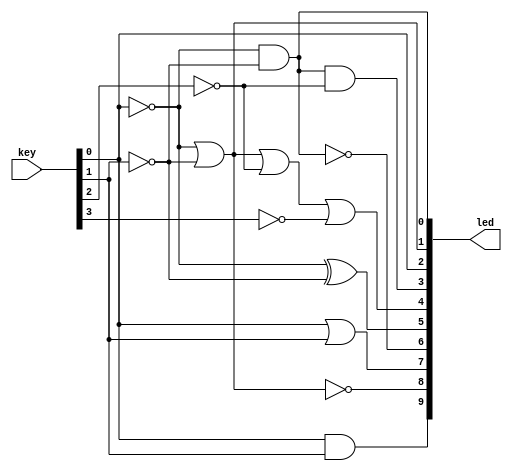
//----------------------------------------------------------------------------
//
//  Exercise   1. Simple combinational logic
//
//   1.   
//
//----------------------------------------------------------------------------

//----------------------------------------------------------------------------
//
//  Method 1. Using continuous assignments
//
//    1.    
//
//----------------------------------------------------------------------------

module top
(
    output [9:0] led,
    input  [3:0] key
);

    wire a = ~ key [0];
    wire b = ~ key [1];
    wire c = ~ key [2];
    wire d = ~ key [3];

    // Basic gates AND, OR and ~

    assign led [0] = a & b;
    assign led [1] = a | b;
    assign led [2] = ~ a;
    
    // Multiple input gates

    assign led [3] = a & b & c;
    assign led [4] = a | b | c | d;
    
    // XOR gates (useful for adders, comparisons and control sum calculator)

    assign led [5] = a ^ b;

    // De Morgan law illustration

    assign led [6] = ~ ( a &   b ) ;
    assign led [7] = ~   a | ~ b   ;
    assign led [8] = ~ ( a |   b ) ;
    assign led [9] = ~   a & ~ b   ;
    
endmodule

//----------------------------------------------------------------------------
//
//   2.  always-   
//  (blocking assignments)
//
//----------------------------------------------------------------------------

module top_2
(
    output reg [1:0] LED,  //  
    input      [1:0] BTN   //  
);

    always @*
    begin
        LED [0] = BTN [0] & BTN [1];
        LED [1] = BTN [0] | BTN [1];
    end

endmodule

//----------------------------------------------------------------------------
//
//   3.    and  or
//  (instances)
//
//----------------------------------------------------------------------------

module top_3
(
    output [1:0] LED,  //  
    input  [1:0] BTN   //  
);

    and and_i (LED [0], BTN [0], BTN [1]);
    or  or_i  (LED [1], BTN [0], BTN [1]);
    
endmodule